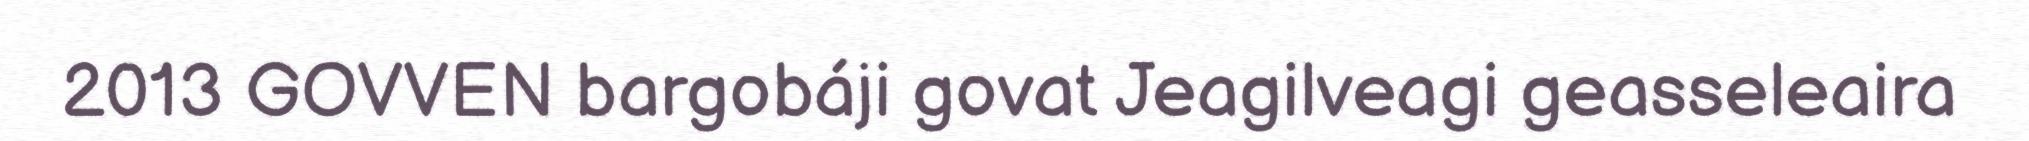
2013 GOVVEN bargobáji govat Jeagilveagi geasseleaira